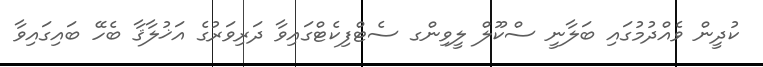
ކުދީން ވެއްދުމުގައި ބަލާނީ ސްކޫލް ލީވިންގ ސެޓްފިކެޓްގައިވާ ދަރިވަރުގެ އަޚުލާޤާ ބެހޭ ބައިގައިވާ